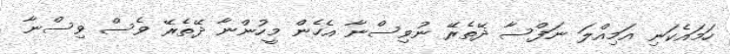
ހަމައެކަނި އަމިއްލަ ނަފްސާ ދޭތެރޭ ނުވިސްނާ އެހެން މީހުންނާ ދޭތެރޭ ވެސް ވިސްނާ